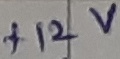
Text: +12V